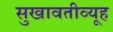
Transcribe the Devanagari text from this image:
सुखावतीव्यूह